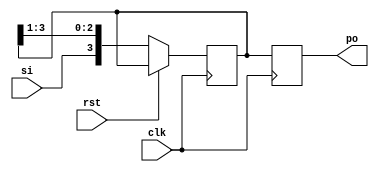
module sipo (clk,rst,si,po);
  parameter WIDTH = 4;
  input wire clk,rst,si;
  output reg [WIDTH-1:0] po;
  reg [WIDTH-1:0] temp;
  
  always@(posedge clk) begin
    if(rst)
      po <= 4'b0000;
    else begin
      temp <= {si,temp[WIDTH-1:1]};
    end
    po <= temp;
  end
endmodule